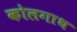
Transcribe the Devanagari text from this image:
कोलगाथ